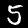
Label: 5